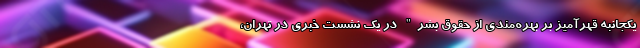
یکجانبه قهرآمیز بر بهره‌مندی از حقوق بشر" در یک نشست خبری در تهران،